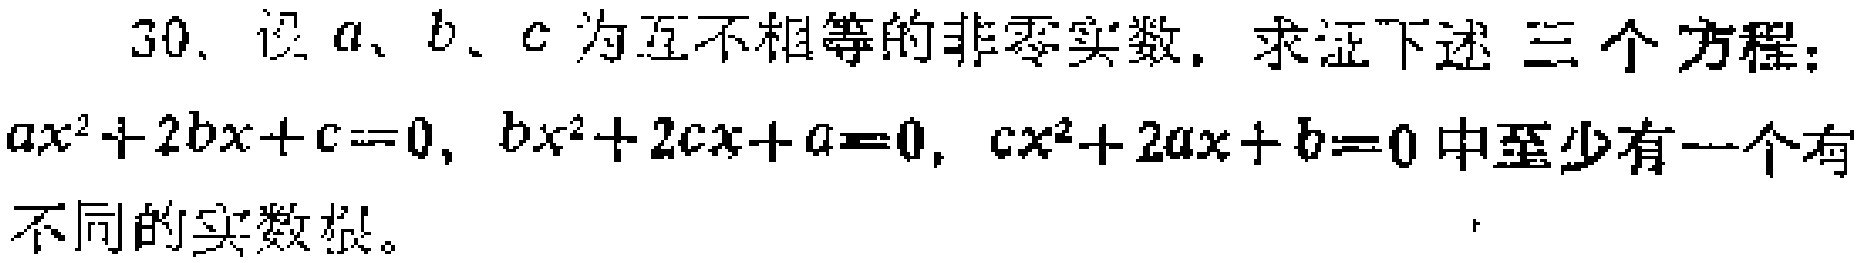
30. 设 \(a\)、\(b\)、\(c\) 为互不相等的非零实数，求证下述三个方程：\(ax^{2}+2bx + c = 0\)，\(bx^{2}+2cx + a = 0\)，\(cx^{2}+2ax + b = 0\) 中至少有一个有不同的实数根。